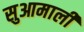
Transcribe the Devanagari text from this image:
सुआमाली